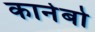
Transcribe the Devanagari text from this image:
कानेबो